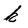
Character: k